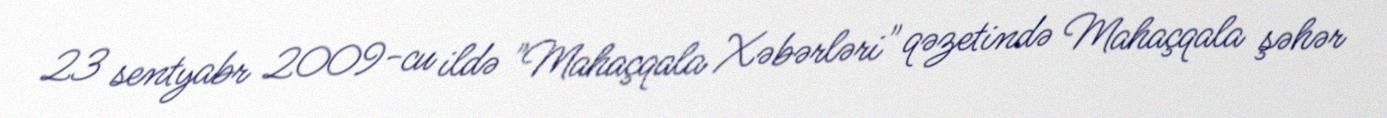
23 sentyabr 2009-cu ildə "Mahaçqala Xəbərləri" qəzetində Mahaçqala şəhər